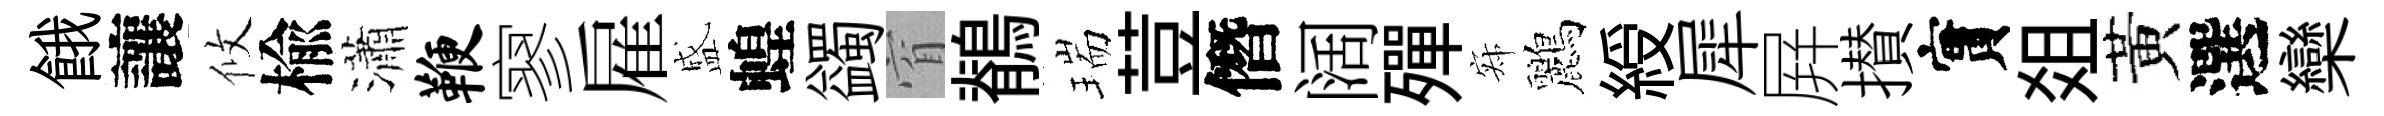
餓讓攸楡瀟鞭寥雇盛蝗蠲窅鶺瑞荳僭阔殫寂鸝綬犀屛攅實爼黃選欒